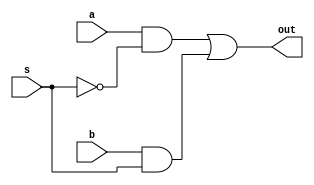
`timescale 1ns/1ps
module mux1bit (a,b,s,out);
input wire a,b,s;
output wire out;
assign out = a&(~s) | b&s;
endmodule

module mux32bit (a,b,s,out);
input wire[31:0] a,b;
output wire[31:0] out;
input s;

mux1bit arr[31:0] (.a(a) , .b(b) , .s({32{s}}) , .out(out));
endmodule

module mux32bit_4option (a,b,c,d,s,zero,out);
input wire[31:0] a,b,c,d;
input wire[1:0] s;
input wire zero;
output reg[31:0] out;

always @(*) begin
    case(s)
    2'b00: out<=a;
    2'b01: begin
        if (zero)
            out<=b;
        else
            out<=a;
    end
    2'b10: out<=c;
    2'b11: out<=d;
    endcase
end
endmodule